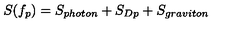
S ( f _ { p } ) = S _ { p h o t o n } + S _ { D p } + S _ { g r a v i t o n }